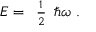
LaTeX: { E } = { \begin{array} { l } { { \frac { 1 } { 2 } } } \end{array} } \hbar \omega \ .